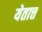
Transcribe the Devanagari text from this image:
येतात्त